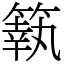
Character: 䉅